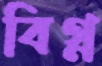
বিগ্ন